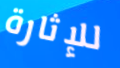
للإثارة